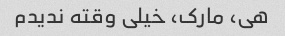
هی، مارک، خیلی وقته ندیدم